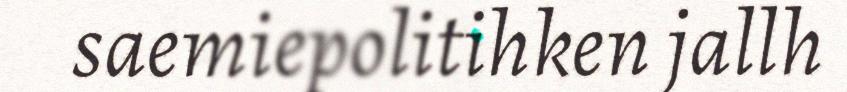
saemiepolitihken jallh